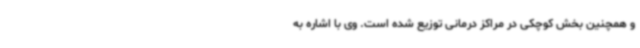
و همچنین بخش کوچکی در مراکز درمانی توزیع شده است. وی با اشاره به